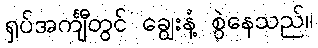
ရှပ်အင်္ကျီတွင် ချွေးနံ့ စွဲနေသည်။